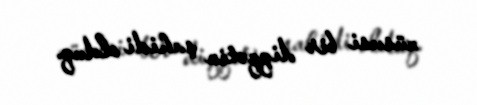
xüsusi bir diqqətin şahidi olduq.